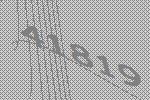
41819